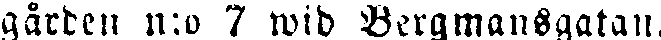
gården n:o 7 wid Bergmansgatan.